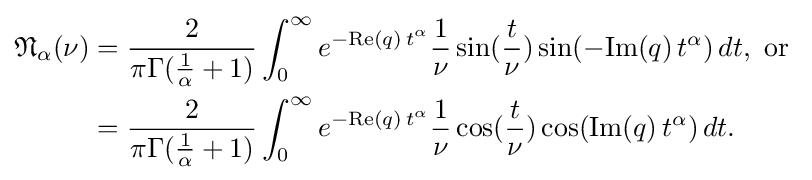
{\begin{aligned}{\mathfrak {N}}_{\alpha }(\nu )&={\frac {2}{\pi \Gamma ({\frac {1}{\alpha }}+1)}}\int _{0}^{\infty }e^{-{\text{Re}}(q)\,t^{\alpha }}{\frac {1}{\nu }}\sin({\frac {t}{\nu }})\sin(-{\text{Im}}(q)\,t^{\alpha })\,dt,{\text{ or }}\\&={\frac {2}{\pi \Gamma ({\frac {1}{\alpha }}+1)}}\int _{0}^{\infty }e^{-{\text{Re}}(q)\,t^{\alpha }}{\frac {1}{\nu }}\cos({\frac {t}{\nu }})\cos({\text{Im}}(q)\,t^{\alpha })\,dt.\\\end{aligned}}